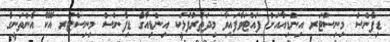
ޑިފެންސް މިނިސްޓަރ އިންޑިއާއަށް ފައްޓަވާފައިވާ މިދަތުރުފުޅަކީ އިންޑިއާގެ ޑިފެންސް މިނިސްޓަރ އޭކޭ އެންތަނީގެ